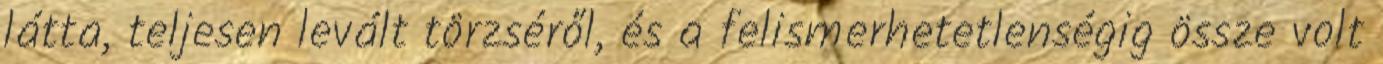
látta, teljesen levált törzséről, és a felismerhetetlenségig össze volt